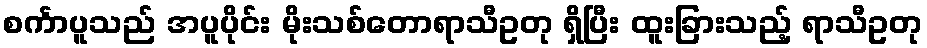
စင်္ကာပူသည် အပူပိုင်း မိုးသစ်တောရာသီဥတု ရှိပြီး ထူးခြားသည့် ရာသီဥတု